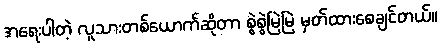
အရေးပါတဲ့ လူသားတစ်ယောက်ဆိုတာ စွဲစွဲမြဲမြဲ မှတ်ထားစေချင်တယ်။